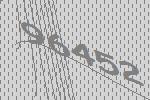
96452